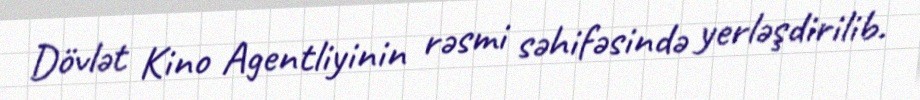
Dövlət Kino Agentliyinin rəsmi səhifəsində yerləşdirilib.